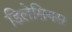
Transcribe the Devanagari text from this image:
डिलेसियस